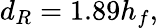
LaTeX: d_{R}=1.89h_{f},